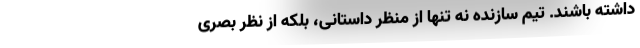
داشته باشند. تیم سازنده نه تنها از منظر داستانی، بلکه از نظر بصری